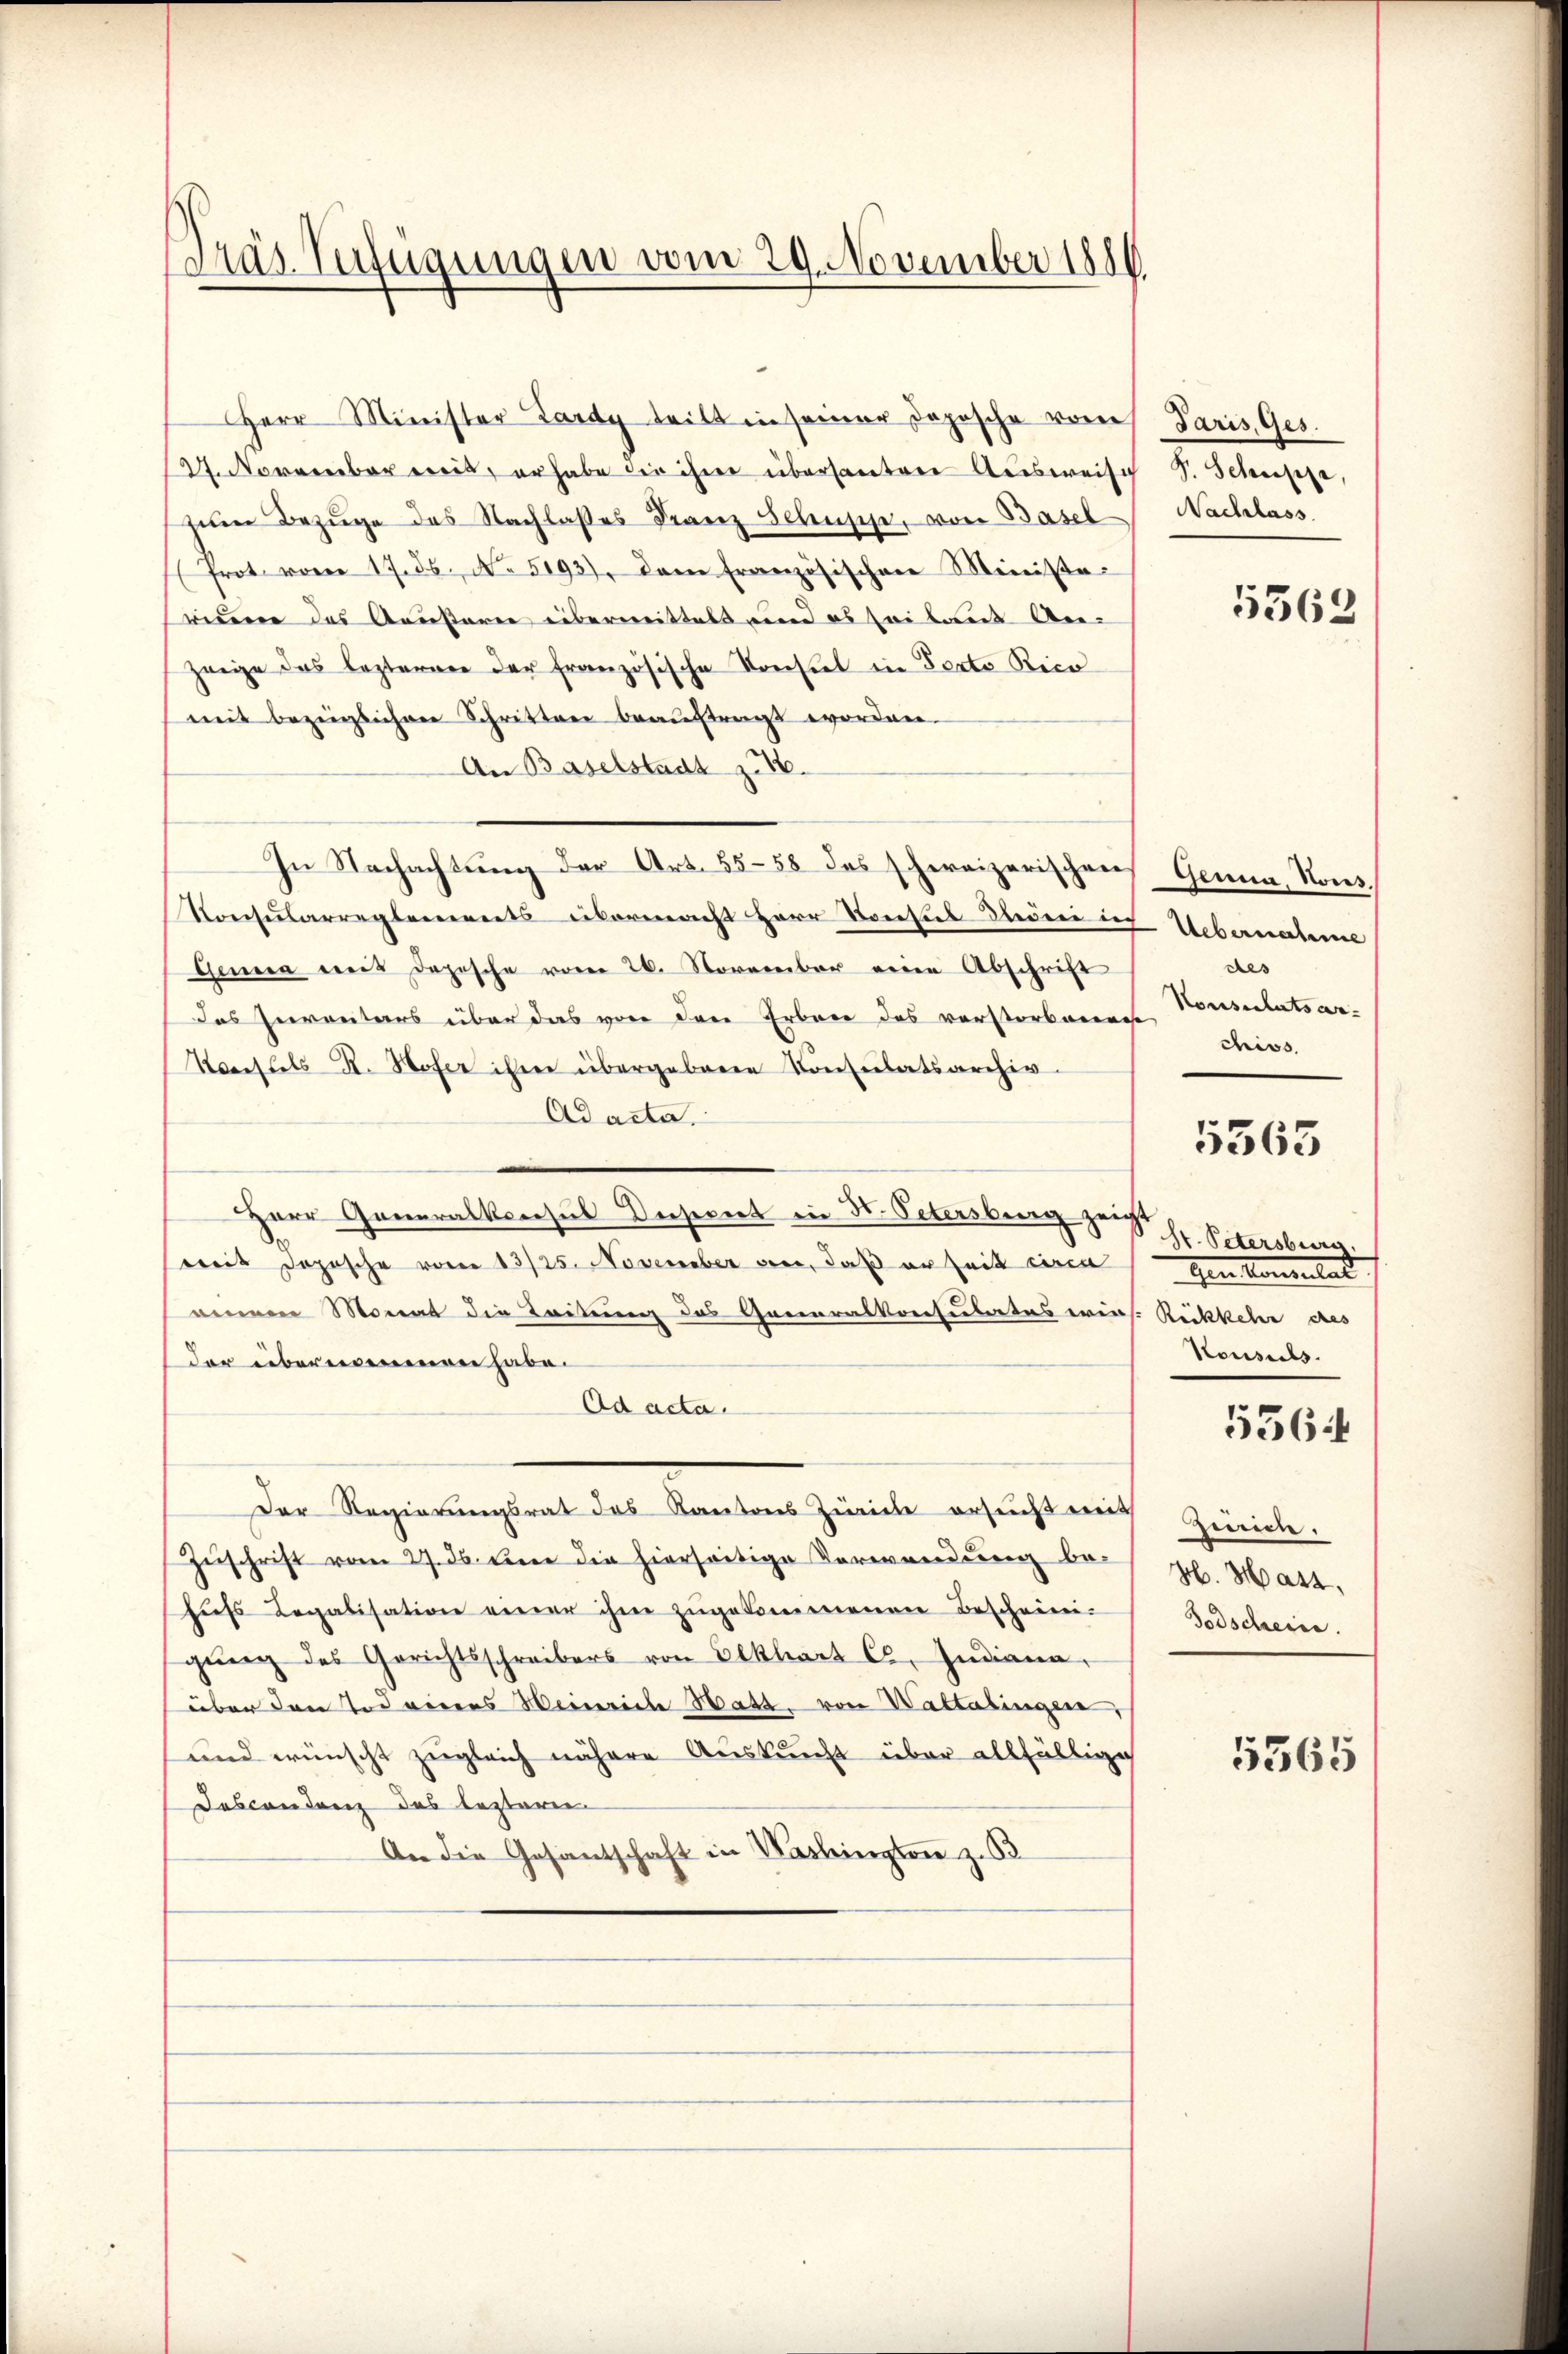
Präs. Verfügungen vom 29. November 1816

Herr Minister Lardy teilt in seiner Dopische von Paris, Ges.
27. November weit, erhabe die ihrer übersanten Ausweis S. Schusse,
zŭm Bezüge des Nachlasses Franz Schüsse, von Basel
(Prot. vom 17. ds. No. 5193), dem französischen Ministe
ridene des Aeusterne übermittels und es sei laut An- |
zeige das lezterner der französische Konsuel in Porto Rico
mit bezüglichen Schritten beaŭftragt worden.
An Baselstadt zu.
In Nachachtung der Art. 5558 das schweizerischen Genua, Nous¬
Konsularreglements übermacht Herr Konsul dleder in Uebernahme
Genera weit Depesche vom 26. November eine Abschrift
Das Inventars über das von den Erben des verstorbenen
Konsuls R. Hofer ihm übergebene Conscitatsarchiv
Ad acta.
Herr Generalkonsul Deseriet in Fr. Petersburg zeigt
mit Depesche vom 13/25. November an, daß er seit circa
einem Monat die Zeitung des Generalkonsulates eins. Rückkehr des
der übernommen habe.
Ad acta.
Der Regierungsrat des Kantons Zürich ersŭcht mit Zürich.
Zuschrift vom 27. ds. eine die hierseitige Verwendung be-
hŭfs Legalisation einer ihm zŭgekommenen Beschrei-
gŭng des Gerichtsschreibers von Eckhart C. Indiana,
über den Tod einers Weinriche Hatt, von Waltalingen,
und wünscht zugleich nähere Auskunft über allfällige
Dascondenz des lezterei
An die Gesantschaft in Washington z. B

Nachlass.

5362

des
Konsulatsar-
chiss.

5363

St. Petersburg
gen kommelad
Konsuls.
5564

Gb. Harz,
Todscheine

5565